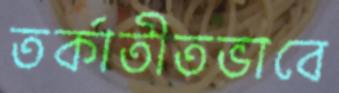
তর্কাতীতভাবে